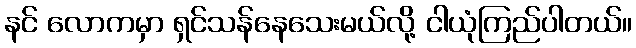
နင် လောကမှာ ရှင်သန်နေသေးမယ်လို့ ငါယုံကြည်ပါတယ်။